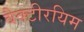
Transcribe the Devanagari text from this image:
बैक्टीरयिम